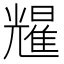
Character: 𫤥